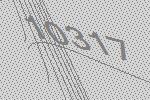
10317